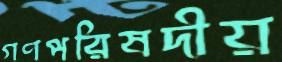
গণপরিষদীয়